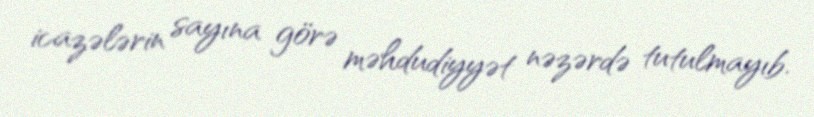
icazələrin sayına görə məhdudiyyət nəzərdə tutulmayıb.